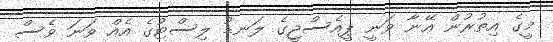
މީގެ އިތުރުން އޭނާ ވަނީ ޕީއެސްޖީގެ ލަނޑު ލިސްޓުގެ އެއް ވަނަ ވެސް